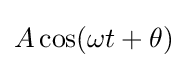
A\cos(\omega t+\theta )